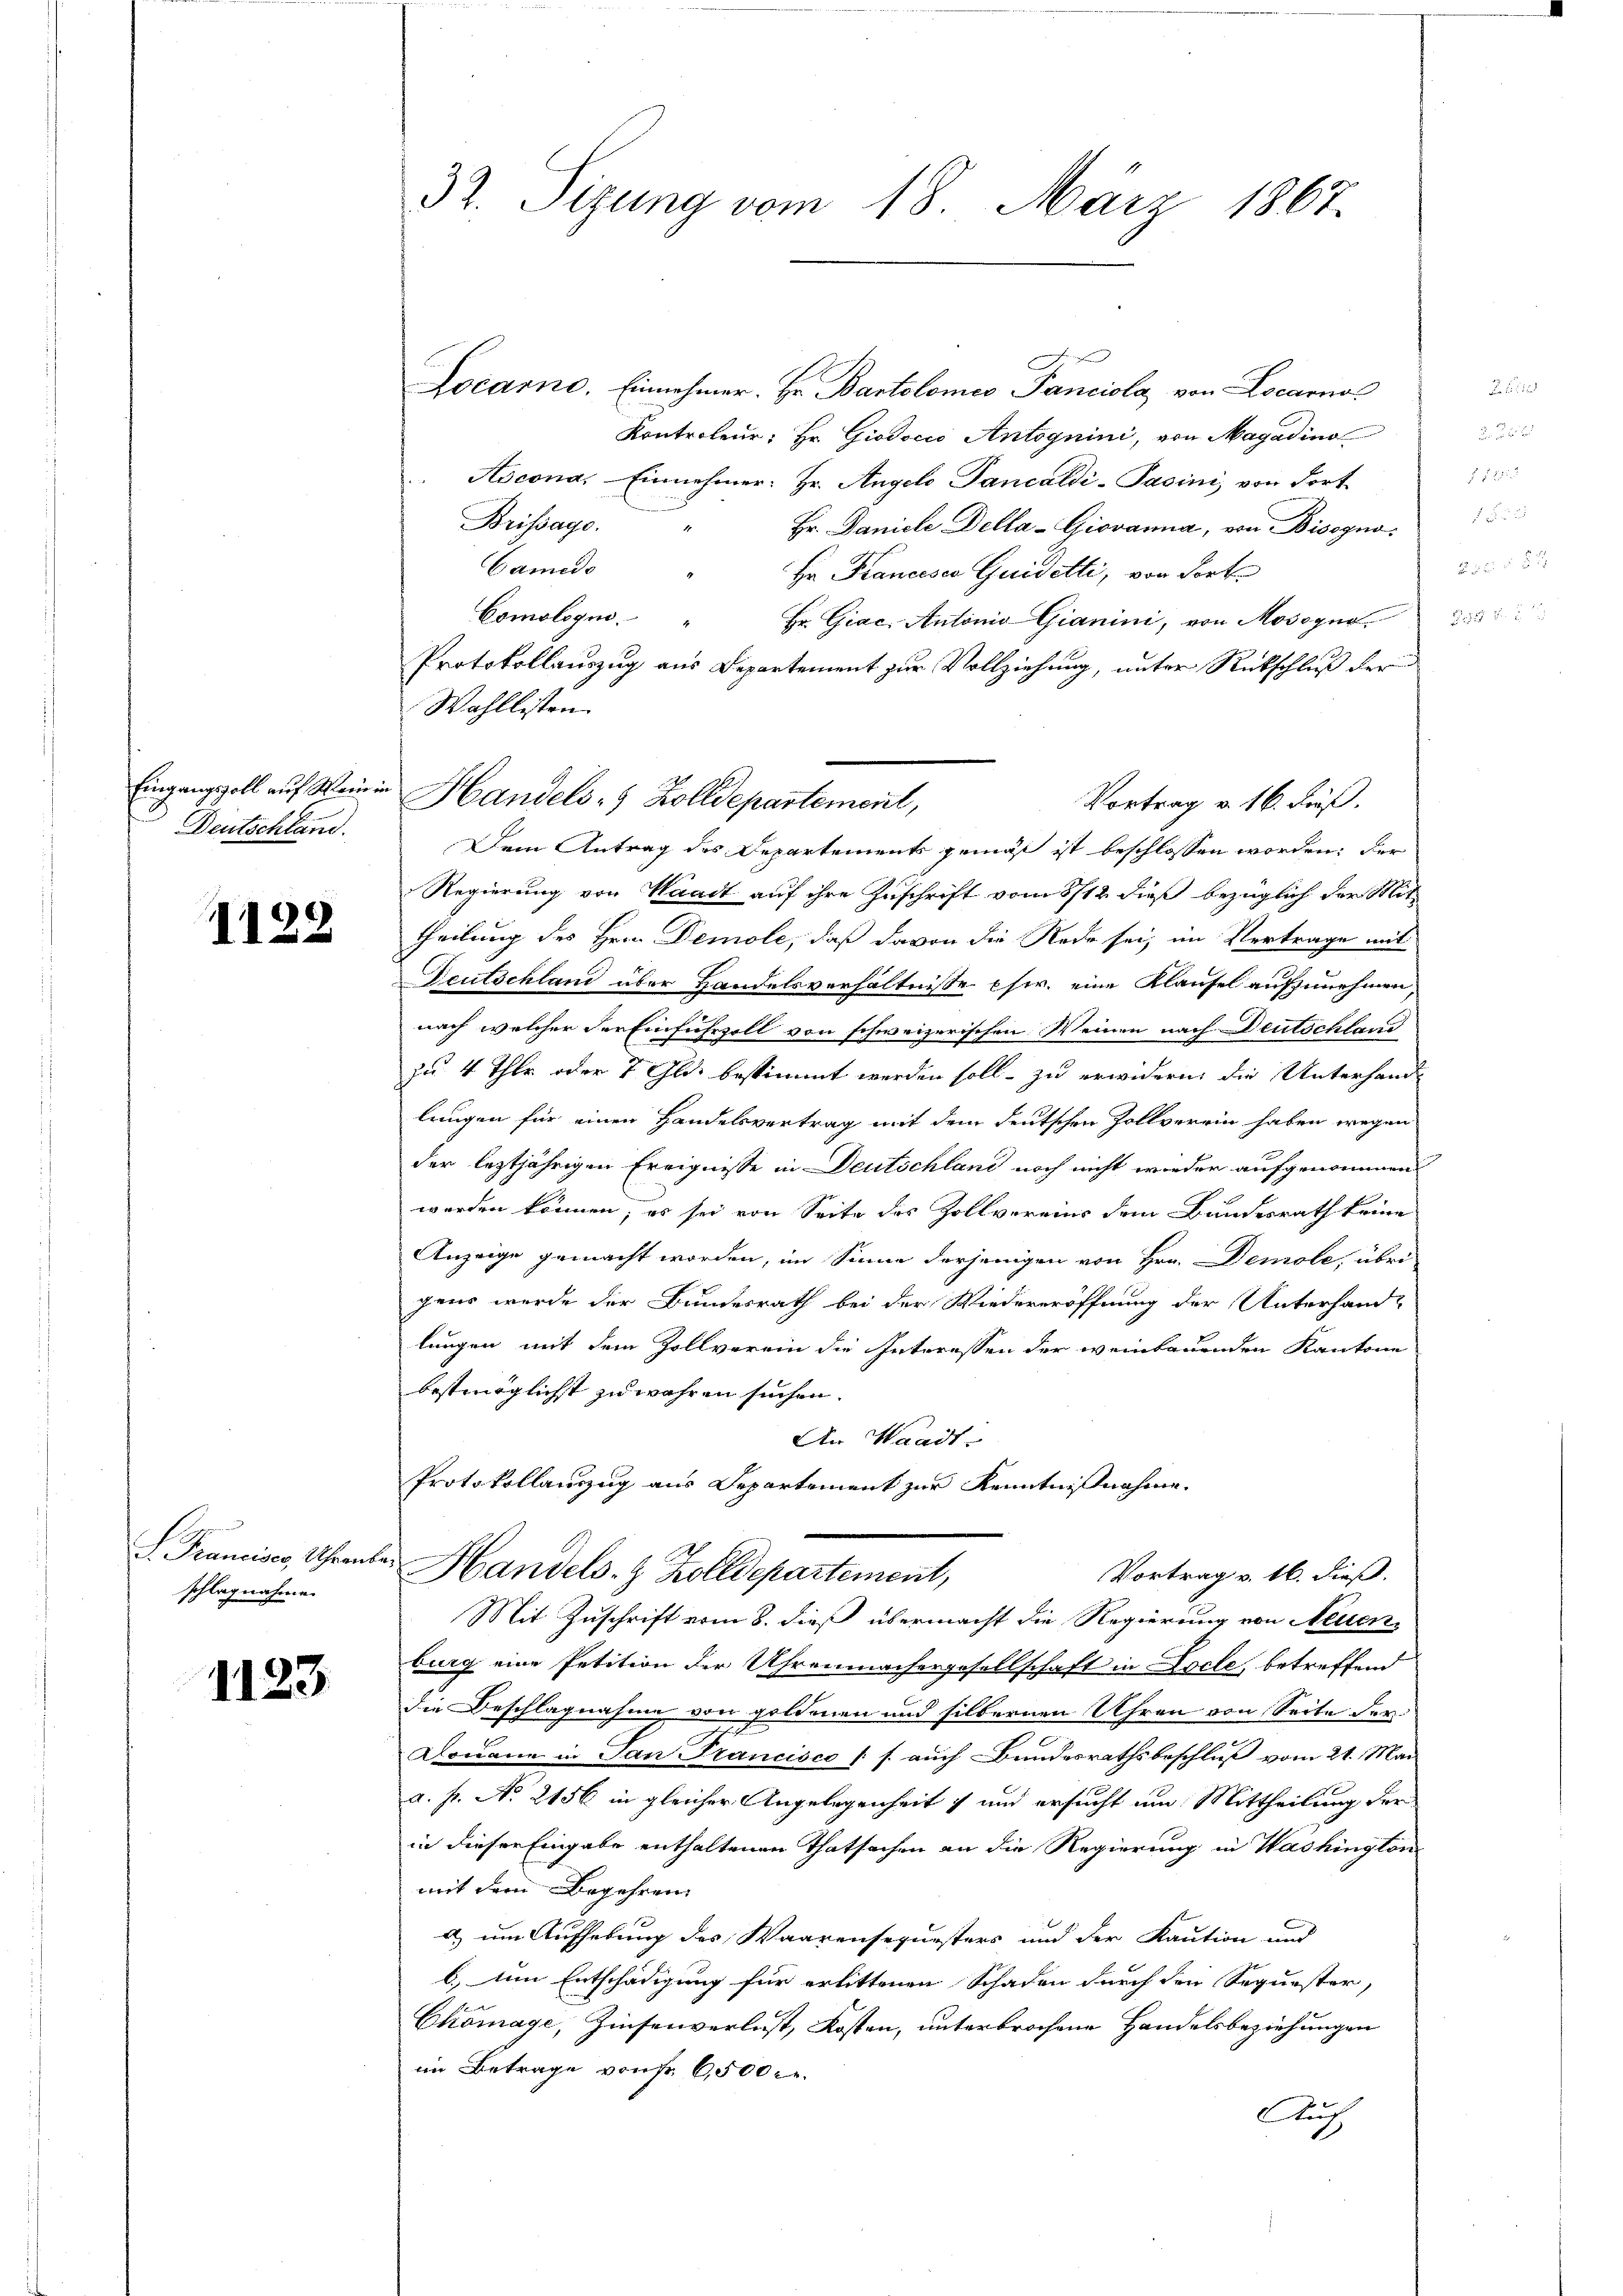
Eingangszoll auf Weini
Deutschland.

1128

S. Francisco, Uhrens
schlagnahme.

1123

32. Sizung vom 18. März 1867.

J
Locarno. Einnehmer. Hr. Bartolomeo Panciola, von Locarnos
Kontroleur; Hr. Giodocio Antognini, von Magadino
Ascona. Einnehmer. Hr. Angelo Pancaldi-Pasinis von dort¬
Brissage. " Hr. Daniele Della-Giovanna, von Bisogno
Camiso
Hr Kranceses Guidetti, von dort
Comologue. " Hr. Giac. Antonio Gianini, von Mossyno
Protokollauszug aus Departement zur Vollziehung, unter Rückschluß der
Wahllisten.
Vortrag v. 16. Fuß.
Dem Antrag des Departements gemäß ist beschlossen worden; der
Regierung von Waadt auf ihre Zuschrift vom 8/12 dieß bezüglich der Sit
theilung des Hrn. Demole, daß davon die Rede sei, im Vertrage mit
Deutschland über Handelsverhältnisse pr. eine Klausel aufzunehmen,
nach welcher der Einfuhrzoll von schweizerischen Weinen nach Deutschland
zu 4 Thlr oder 7 Gld. bestimmt werden soll, zu erwidern, die Unterhand-
lungen für einen Handelsvertrag mit dem deutschen Zollverein haben wegen
der leztjährigen Ereignisse in Deutschland noch nicht wieder aufgenommen
werden können; es sei von Seite des Zollvereins dem Bundesrath keine
Anzeige gemacht worden, im Sinne derjenigen von Hrn. Demole, übrigens werde der Bundesrath bei der Wiedereröffnung der Unterhand-
lungen mit dem Zollverein die Interessen der weinbauenden Kantone
bestmöglichst zu wahren suchen.
An Waadt-
Protokollanzzug aus Departement zur Kenntnißnahme
u
Handels- & Zolldepartement,
Vortrag v. 16. dieß.
Mit Zuschrift vom 8. dieß übermacht die Regierung von Neuen
burg eine Petition der Uhrenmachergesellschaft in Locle, betreffend
die Beschlagnahme von goldenen und silbernen Uhren von Seite der
Douane in San Francisco (s. auch Bundesrathsbeschluß vom 21. Mai
a. f. No 2156 in gleicher Angelegenheit und ersucht um Mittheilung der
in dieser Eingabe enthaltenen Thatsachen an die Regierung in Washington
mit dem Begehren
u um Aufhebung des Waarensequesters und der Kaution und
b.) Am Entschädigung für erlittenen Schaden durch den Sequester,
Chomage, Zinsenverlust, Kosten, unterbrochene Handelsbeziehungen
im Betrage von 6,500 c.
Auch

Handels- & Zolldepartement,

F. 1792.

 z. B.